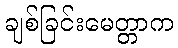
ချစ်ခြင်းမေတ္တာက